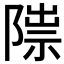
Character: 𨻍